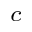
^ c